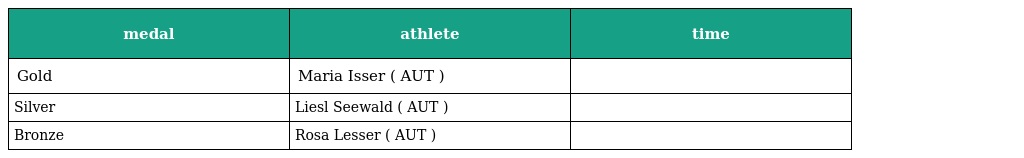
| medal | athlete | time |
 | --- | --- | --- |
 | Gold | Maria Isser ( AUT ) |  |
 | Silver | Liesl Seewald ( AUT ) |  |
 | Bronze | Rosa Lesser ( AUT ) |  |